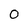
Character: 0